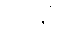
လကို